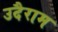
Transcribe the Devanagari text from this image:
उदैराम